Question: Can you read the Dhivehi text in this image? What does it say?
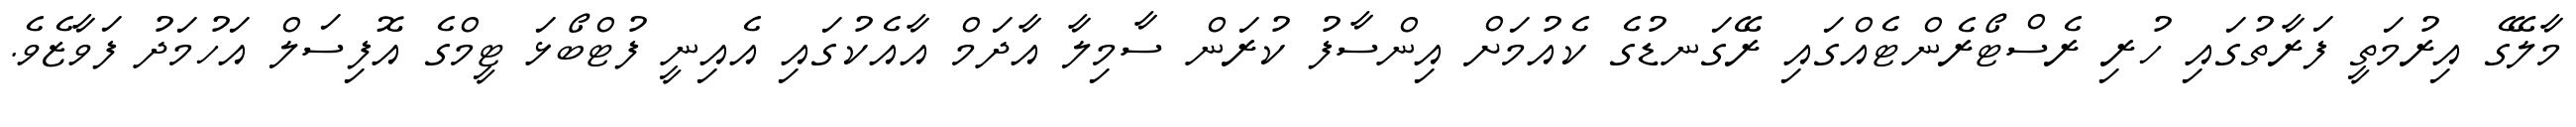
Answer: މާލޭގެ އިރުމަތީ ފަރާތުގައި ހުރި ރެސްޓޯރެންޓެއްގައި ރޭގަނޑުގެ ކެއުމަށް އިންސާފު ކުރަން ސާމިލާ އާދަމް އާއެކުގައި އެއިނީ ފުޓްބޯޅަ ޓީމްގެ އޮފިސަލް އަހުމަދު ފަވާޒެވެ.